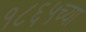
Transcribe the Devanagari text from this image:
१८६५च्या